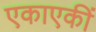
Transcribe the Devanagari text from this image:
एकाएकीं